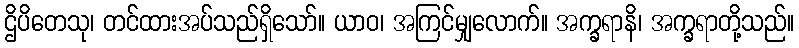
ဌိပိတေသု၊ တင်ထားအပ်သည်ရှိသော်။ ယာဝ၊ အကြင်မျှလောက်။ အက္ခရာနိ၊ အက္ခရာတို့သည်။